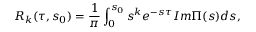
R _ { k } ( \tau , s _ { 0 } ) = \frac { 1 } { \pi } \int _ { 0 } ^ { s _ { 0 } } s ^ { k } e ^ { - s \tau } I m \Pi ( s ) d s ,